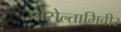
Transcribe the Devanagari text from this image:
ओसेल्तामिवीर